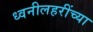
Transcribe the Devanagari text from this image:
ध्वनीलहरींच्या